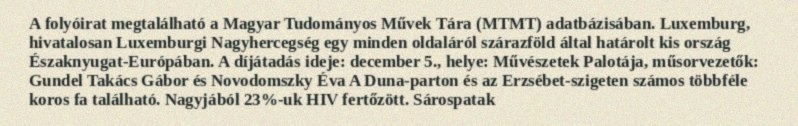
A folyóirat megtalálható a Magyar Tudományos Művek Tára (MTMT) adatbázisában. Luxemburg, hivatalosan Luxemburgi Nagyhercegség egy minden oldaláról szárazföld által határolt kis ország Északnyugat-Európában. A díjátadás ideje: december 5., helye: Művészetek Palotája, műsorvezetők: Gundel Takács Gábor és Novodomszky Éva A Duna-parton és az Erzsébet-szigeten számos többféle koros fa található. Nagyjából 23%-uk HIV fertőzött. Sárospatak